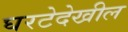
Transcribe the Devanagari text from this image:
घरटेदेखील